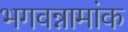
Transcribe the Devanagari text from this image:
भगवन्नामांक